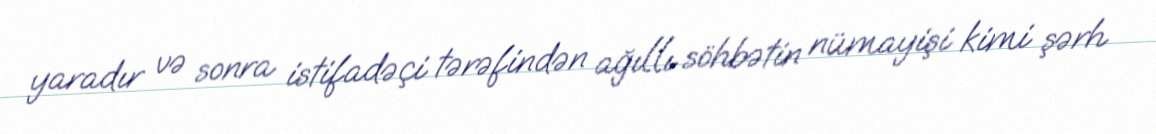
yaradır və sonra istifadəçi tərəfindən ağıllı söhbətin nümayişi kimi şərh